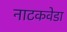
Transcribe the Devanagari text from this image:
नाटकवेडा